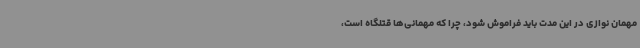
مهمان نوازی در این مدت باید فراموش شود، چرا که مهمانی‌ها قتلگاه است،